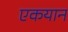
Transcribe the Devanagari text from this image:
एकयान